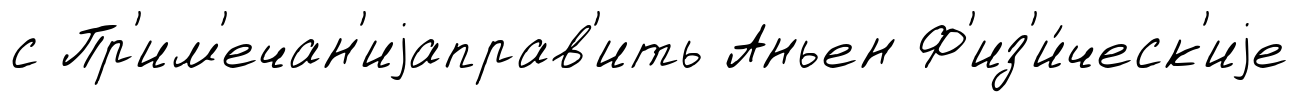
с Пр'им'ечан'иjаправ'ить Аньен Ф'из'и́ческ'иjе